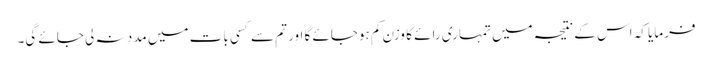
فرمایا کہ اس کے نتیجہ میں تمہاری رائے کا وزن کم ہوجائے گا اور تم سے کسی بات میں مدد نہ لی جائے گی۔